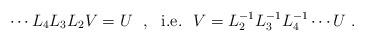
LaTeX: \begin{align*}\cdots L_4L_3L_2V=U~~,~~{\rm i.e.}~~V=L_2^{-1}L_3^{-1}L_4^{-1}\cdots U~.\end{align*}